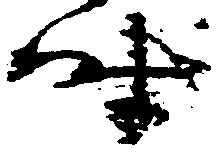
時